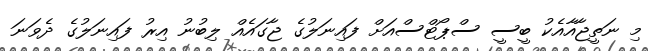
މި ނަތީޖާއާއެކު ބީސީ ސްޕޯޓްސްއަށް ފައިނަލުގެ ޖާގައެއް ލިބުނު އިރު ފައިނަލުގެ ދެވަނަ